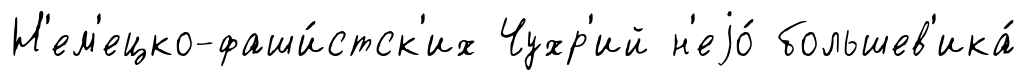
Н'ем'ецко-фаши́стск'их Чухр'ий н'еjо́ большев'ика́